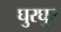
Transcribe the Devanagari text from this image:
घुरघुर